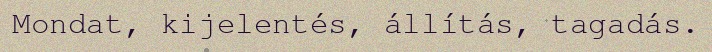
Mondat, kijelentés, állítás, tagadás.